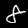
Label: 8